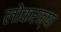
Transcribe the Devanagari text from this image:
लोकरक्षा